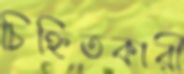
চিহ্নিতকারী